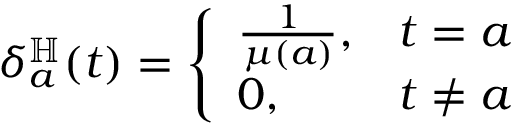
\delta _ { a } ^ { \mathbb { H } } ( t ) = { \left\{ \begin{array} { l l } { { \frac { 1 } { \mu ( a ) } } , } & { t = a } \\ { 0 , } & { t \neq a } \end{array} \right. }